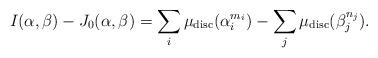
LaTeX: \begin{align*} I(\alpha,\beta)-J_{0}(\alpha,\beta)=\sum_{i}\mu_{\mathrm{disc}}(\alpha_{i}^{m_{i}})-\sum_{j}\mu_{\mathrm{disc}}(\beta_{j}^{n_{j}}).\end{align*}